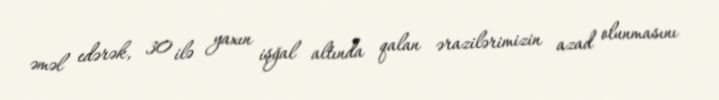
əməl edərək, 30 ilə yaxın işğal altında qalan ərazilərimizin azad olunmasını